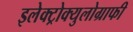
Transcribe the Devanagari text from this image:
इलेक्ट्रोक्युलोग्राफी